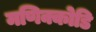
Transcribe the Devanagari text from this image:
मणिक्कोडि